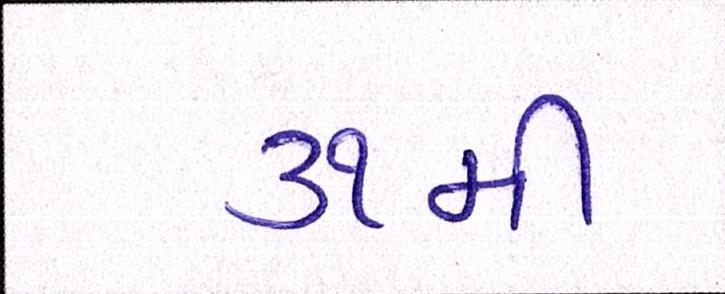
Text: ૩૧મી